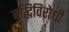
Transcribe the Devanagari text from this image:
बुद्धिविरोधी